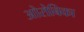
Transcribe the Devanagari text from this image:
ओरोबिका